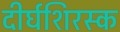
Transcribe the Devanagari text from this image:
दीर्घशिरस्क